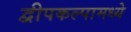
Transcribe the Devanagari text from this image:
द्वीपकल्पामध्ये